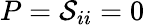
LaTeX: P=\mathcal{S}_{ii}=0